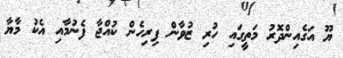
ޔޫ އަގެއިންދޮރު މަތީގައި ހުރި ޒުވާން ފިރިހެން ކުއްޖާ ފެނުމާއި އެކު މާޔާ